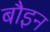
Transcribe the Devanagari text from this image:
बौइन